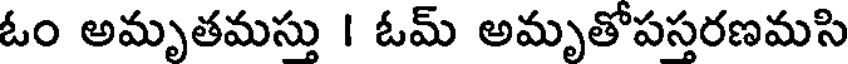
ఓం అమృతమస్తు I ఓమ్ అమృతోపస్తరణమసి